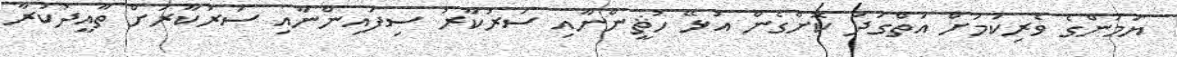
ޔަމަންގެ ވެރިކަމަށް އަތްގަދަ ކޮށްގެން އުޅޭ ހުޘީންނާއި ސަރުކާރު ސިފައިންނާއި ސަރުކާރަށް ތާއީދުކުރާ